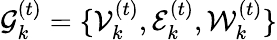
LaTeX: \mathcal{G}_{k}^{(t)}=\{ \mathcal{V}_{k}^{(t)},\mathcal{E}_{k}^{(t)},\mathcal{W}_{k}^{(t)}\}